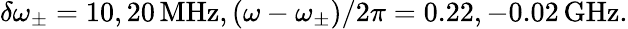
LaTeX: \delta\omega_{\pm}=10,20\, \textrm{MHz},(\omega-\omega_{\pm})/2\pi=0.22,-0.02\, \textrm{GHz}.